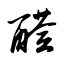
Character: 醛